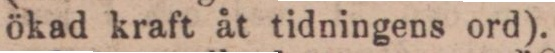
ökad kraft åt tidningens ord).